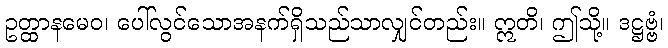
ဥတ္ထာနမေဝ၊ ပေါ်လွင်သောအနက်ရှိသည်သာလျှင်တည်း။ ဣတိ၊ ဤသို့။ ဒဋ္ဌဗ္ဗံ၊